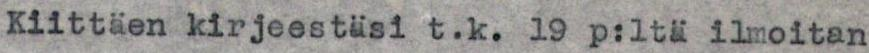
Kiittäen kirjeestäsi t.k. 19 p:ltä ilmoitan